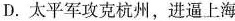
D.太平军攻克杭州，进逼上海